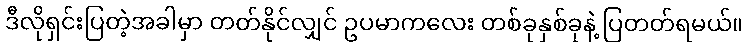
ဒီလိုရှင်းပြတဲ့အခါမှာ တတ်နိုင်လျှင် ဥပမာကလေး တစ်ခုနှစ်ခုနဲ့ ပြတတ်ရမယ်။